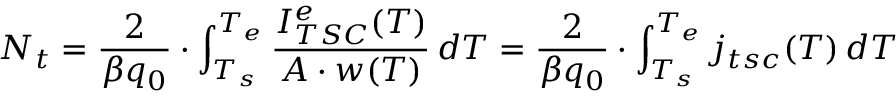
N _ { t } = \frac { 2 } { \beta q _ { 0 } } \cdot \int _ { T _ { s } } ^ { T _ { e } } \frac { I _ { T S C } ^ { e } ( T ) } { A \cdot w ( T ) } \, d T = \frac { 2 } { \beta q _ { 0 } } \cdot \int _ { T _ { s } } ^ { T _ { e } } j _ { t s c } ( T ) \, d T